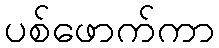
ပစ်ဖောက်ကာ